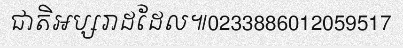
ជាតិអប្សរាដដែល៕0233886012059517